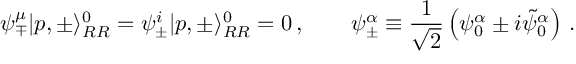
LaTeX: \psi _ { \mp } ^ { \mu } | p , \pm \rangle _ { R R } ^ { 0 } = \psi _ { \pm } ^ { i } | p , \pm \rangle _ { R R } ^ { 0 } = 0 \, , \qquad \psi _ { \pm } ^ { \alpha } \equiv { \frac { 1 } { \sqrt { 2 } } } \left( \psi _ { 0 } ^ { \alpha } \pm i \tilde { \psi } _ { 0 } ^ { \alpha } \right) \, .